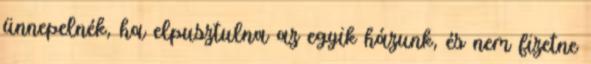
ünnepelnék, ha elpusztulna az egyik házunk, és nem fizetne